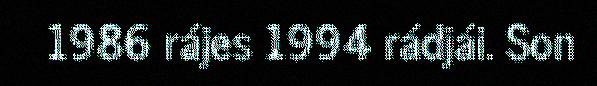
1986 rájes 1994 rádjái. Son